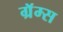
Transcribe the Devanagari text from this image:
ग्रॅम्स